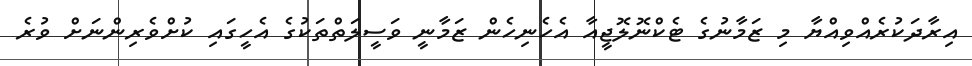
އިރާދަކުރެއްވިއްޔާ މި ޒަމާނުގެ ޓެކްނޮލޮޖީއާ އެހެނިހެން ޒަމާނީ ވަސީލަތްތަކުގެ އެހީގައި ކުށްވެރިންނަށް ވުރެ